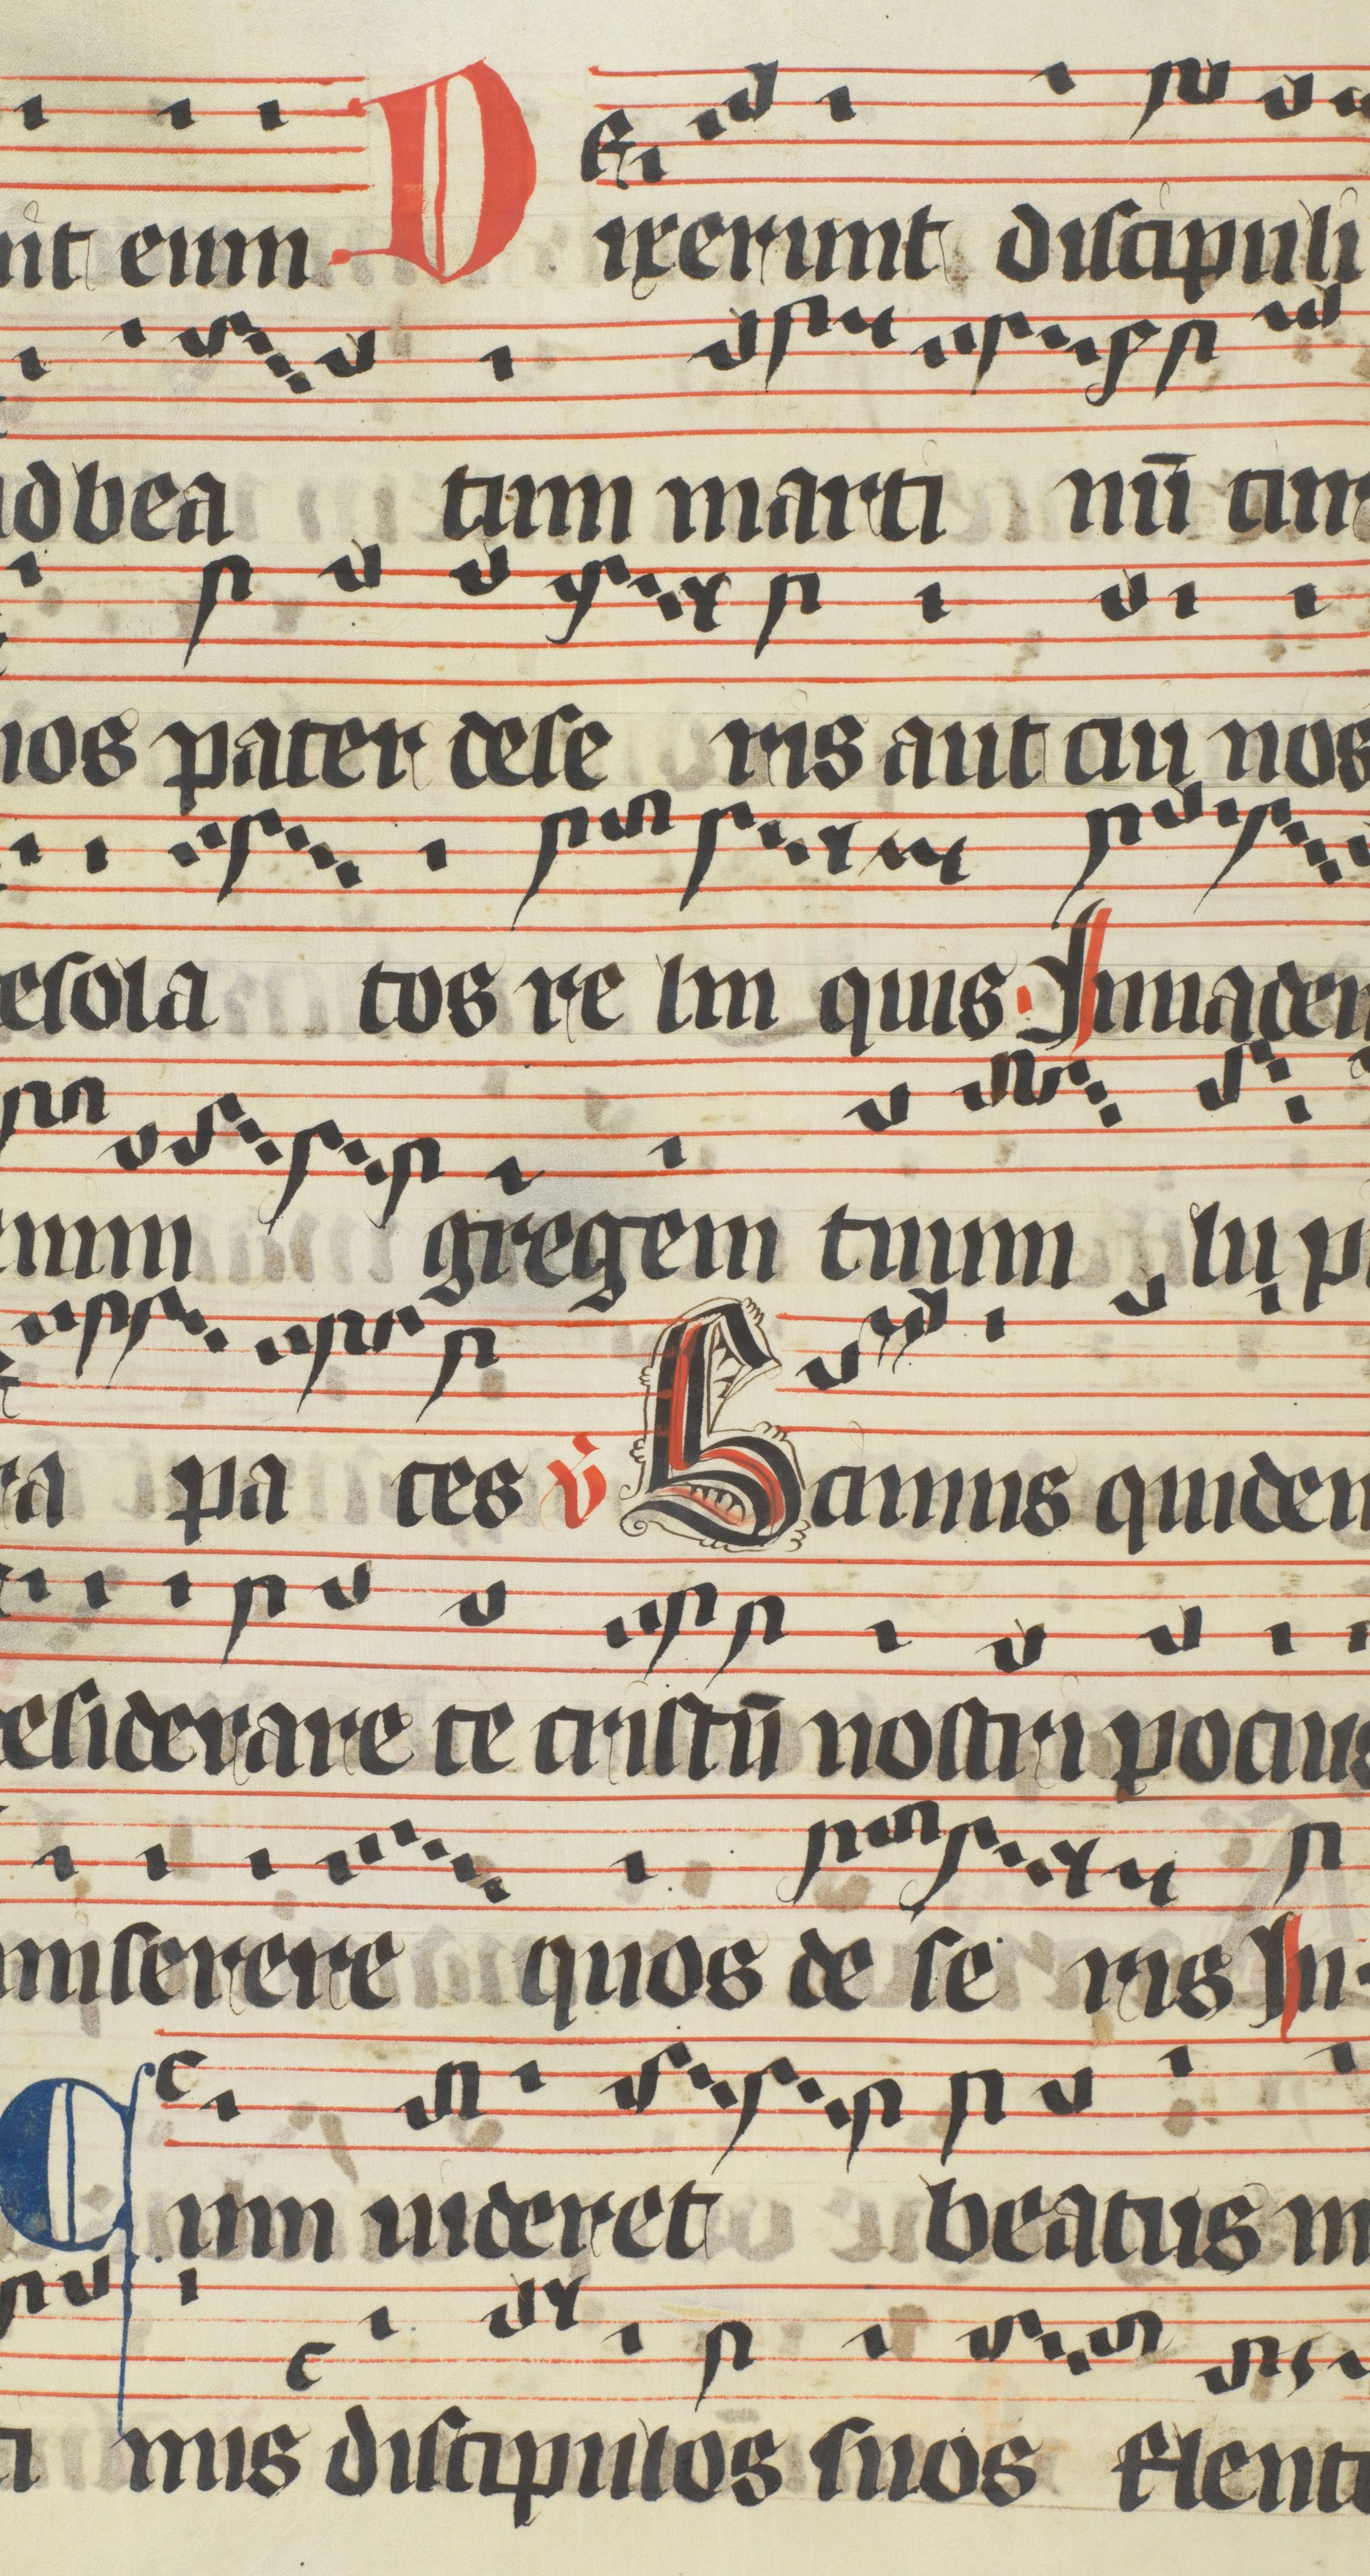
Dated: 1400–1499